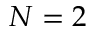
N = 2